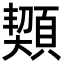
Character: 䫔